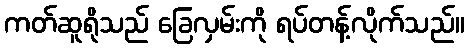
ကတ်ဆူရိုသည် ခြေလှမ်းကို ရပ်တန့်လိုက်သည်။